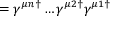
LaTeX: = \gamma ^ { \mu n \dagger } \dots \gamma ^ { \mu 2 \dagger } \gamma ^ { \mu 1 \dagger }